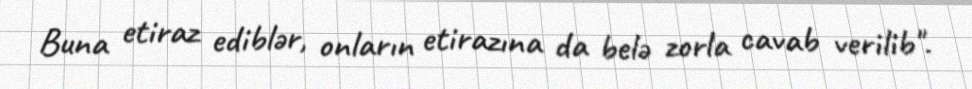
Buna etiraz ediblər, onların etirazına da belə zorla cavab verilib".